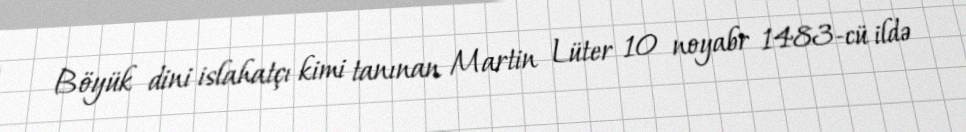
Böyük dini islahatçı kimi tanınan Martin Lüter 10 noyabr 1483-cü ildə